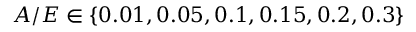
A / E \in \{ 0 . 0 1 , 0 . 0 5 , 0 . 1 , 0 . 1 5 , 0 . 2 , 0 . 3 \}